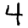
Digit: 4